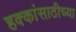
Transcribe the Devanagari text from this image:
हक्कांसाठीच्या